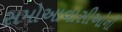
સમોઆવાસીઓની